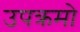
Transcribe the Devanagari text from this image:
उपक्रमो